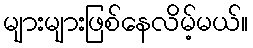
များများဖြစ်နေလိမ့်မယ်။